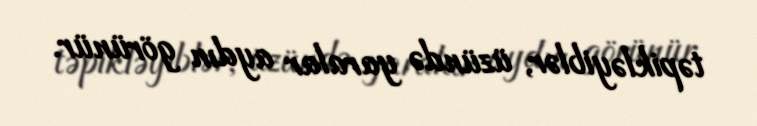
təpikləyiblər, üzündə yaralar aydın görünür.